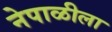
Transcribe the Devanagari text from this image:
नेपाळीला